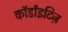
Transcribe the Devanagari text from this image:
कॉर्डांइटिज़